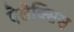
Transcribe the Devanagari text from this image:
ऐलेक्‍सिस